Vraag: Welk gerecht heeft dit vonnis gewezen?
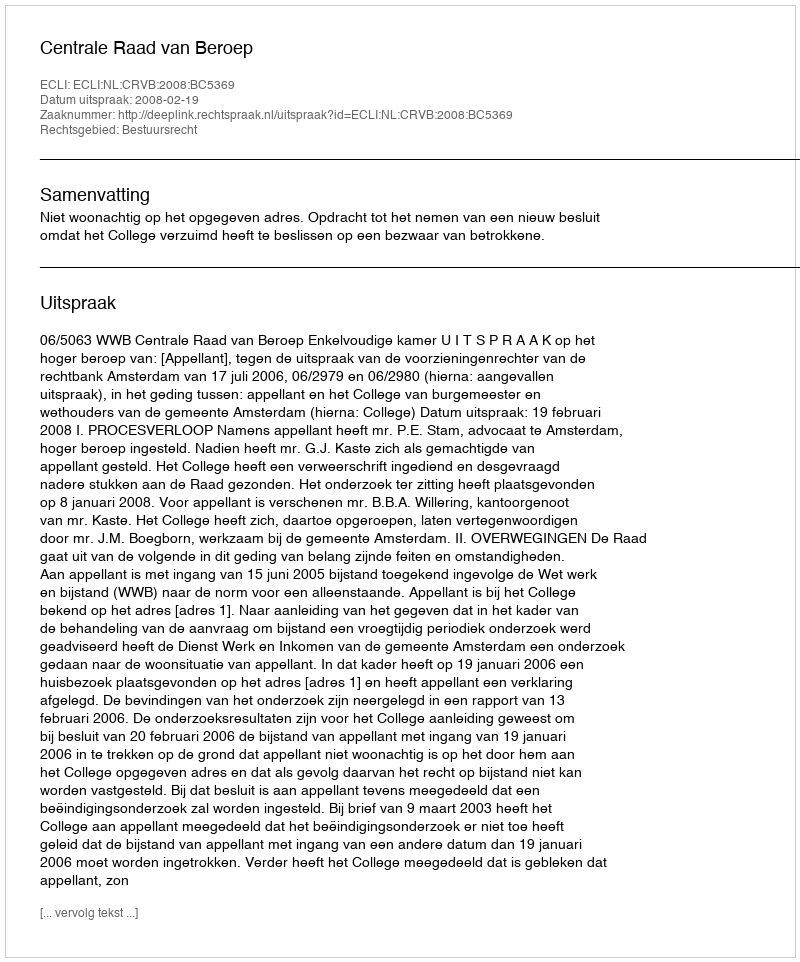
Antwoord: Centrale Raad van Beroep